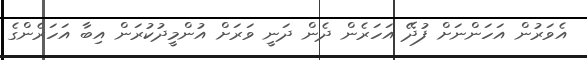
އެވަރުން އަހަންނަށް ފުދޭ އަހަރެން ދެން ދަނީ ވަރަށް އުންމީދުކުރަން އިބާ އަހަރެންގެ